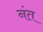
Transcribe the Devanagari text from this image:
नंत